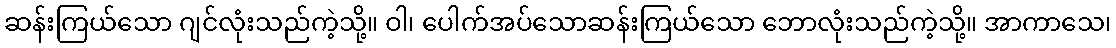
ဆန်းကြယ်သော ဂျင်လုံးသည်ကဲ့သို့။ ဝါ၊ ပေါက်အပ်သောဆန်းကြယ်သော ဘောလုံးသည်ကဲ့သို့။ အာကာသေ၊